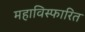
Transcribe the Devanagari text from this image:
महाविस्फारित